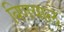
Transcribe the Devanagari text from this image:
बिणयाल्